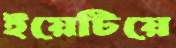
ইয়েটিয়ে